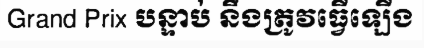
Grand Prix បន្ទាប់ នឹងត្រូវធ្វើឡើង